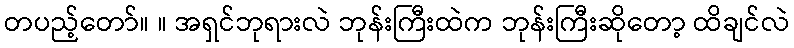
တပည့်တော်။ ။ အရှင်ဘုရားလဲ ဘုန်းကြီးထဲက ဘုန်းကြီးဆိုတော့ ထိချင်လဲ